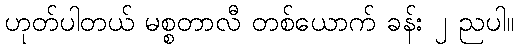
ဟုတ်ပါတယ် မစ္စတာလီ တစ်ယောက် ခန်း ၂ ညပါ။